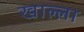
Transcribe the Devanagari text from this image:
खाल्‍ला